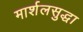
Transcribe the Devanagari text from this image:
मार्शलसुद्धा